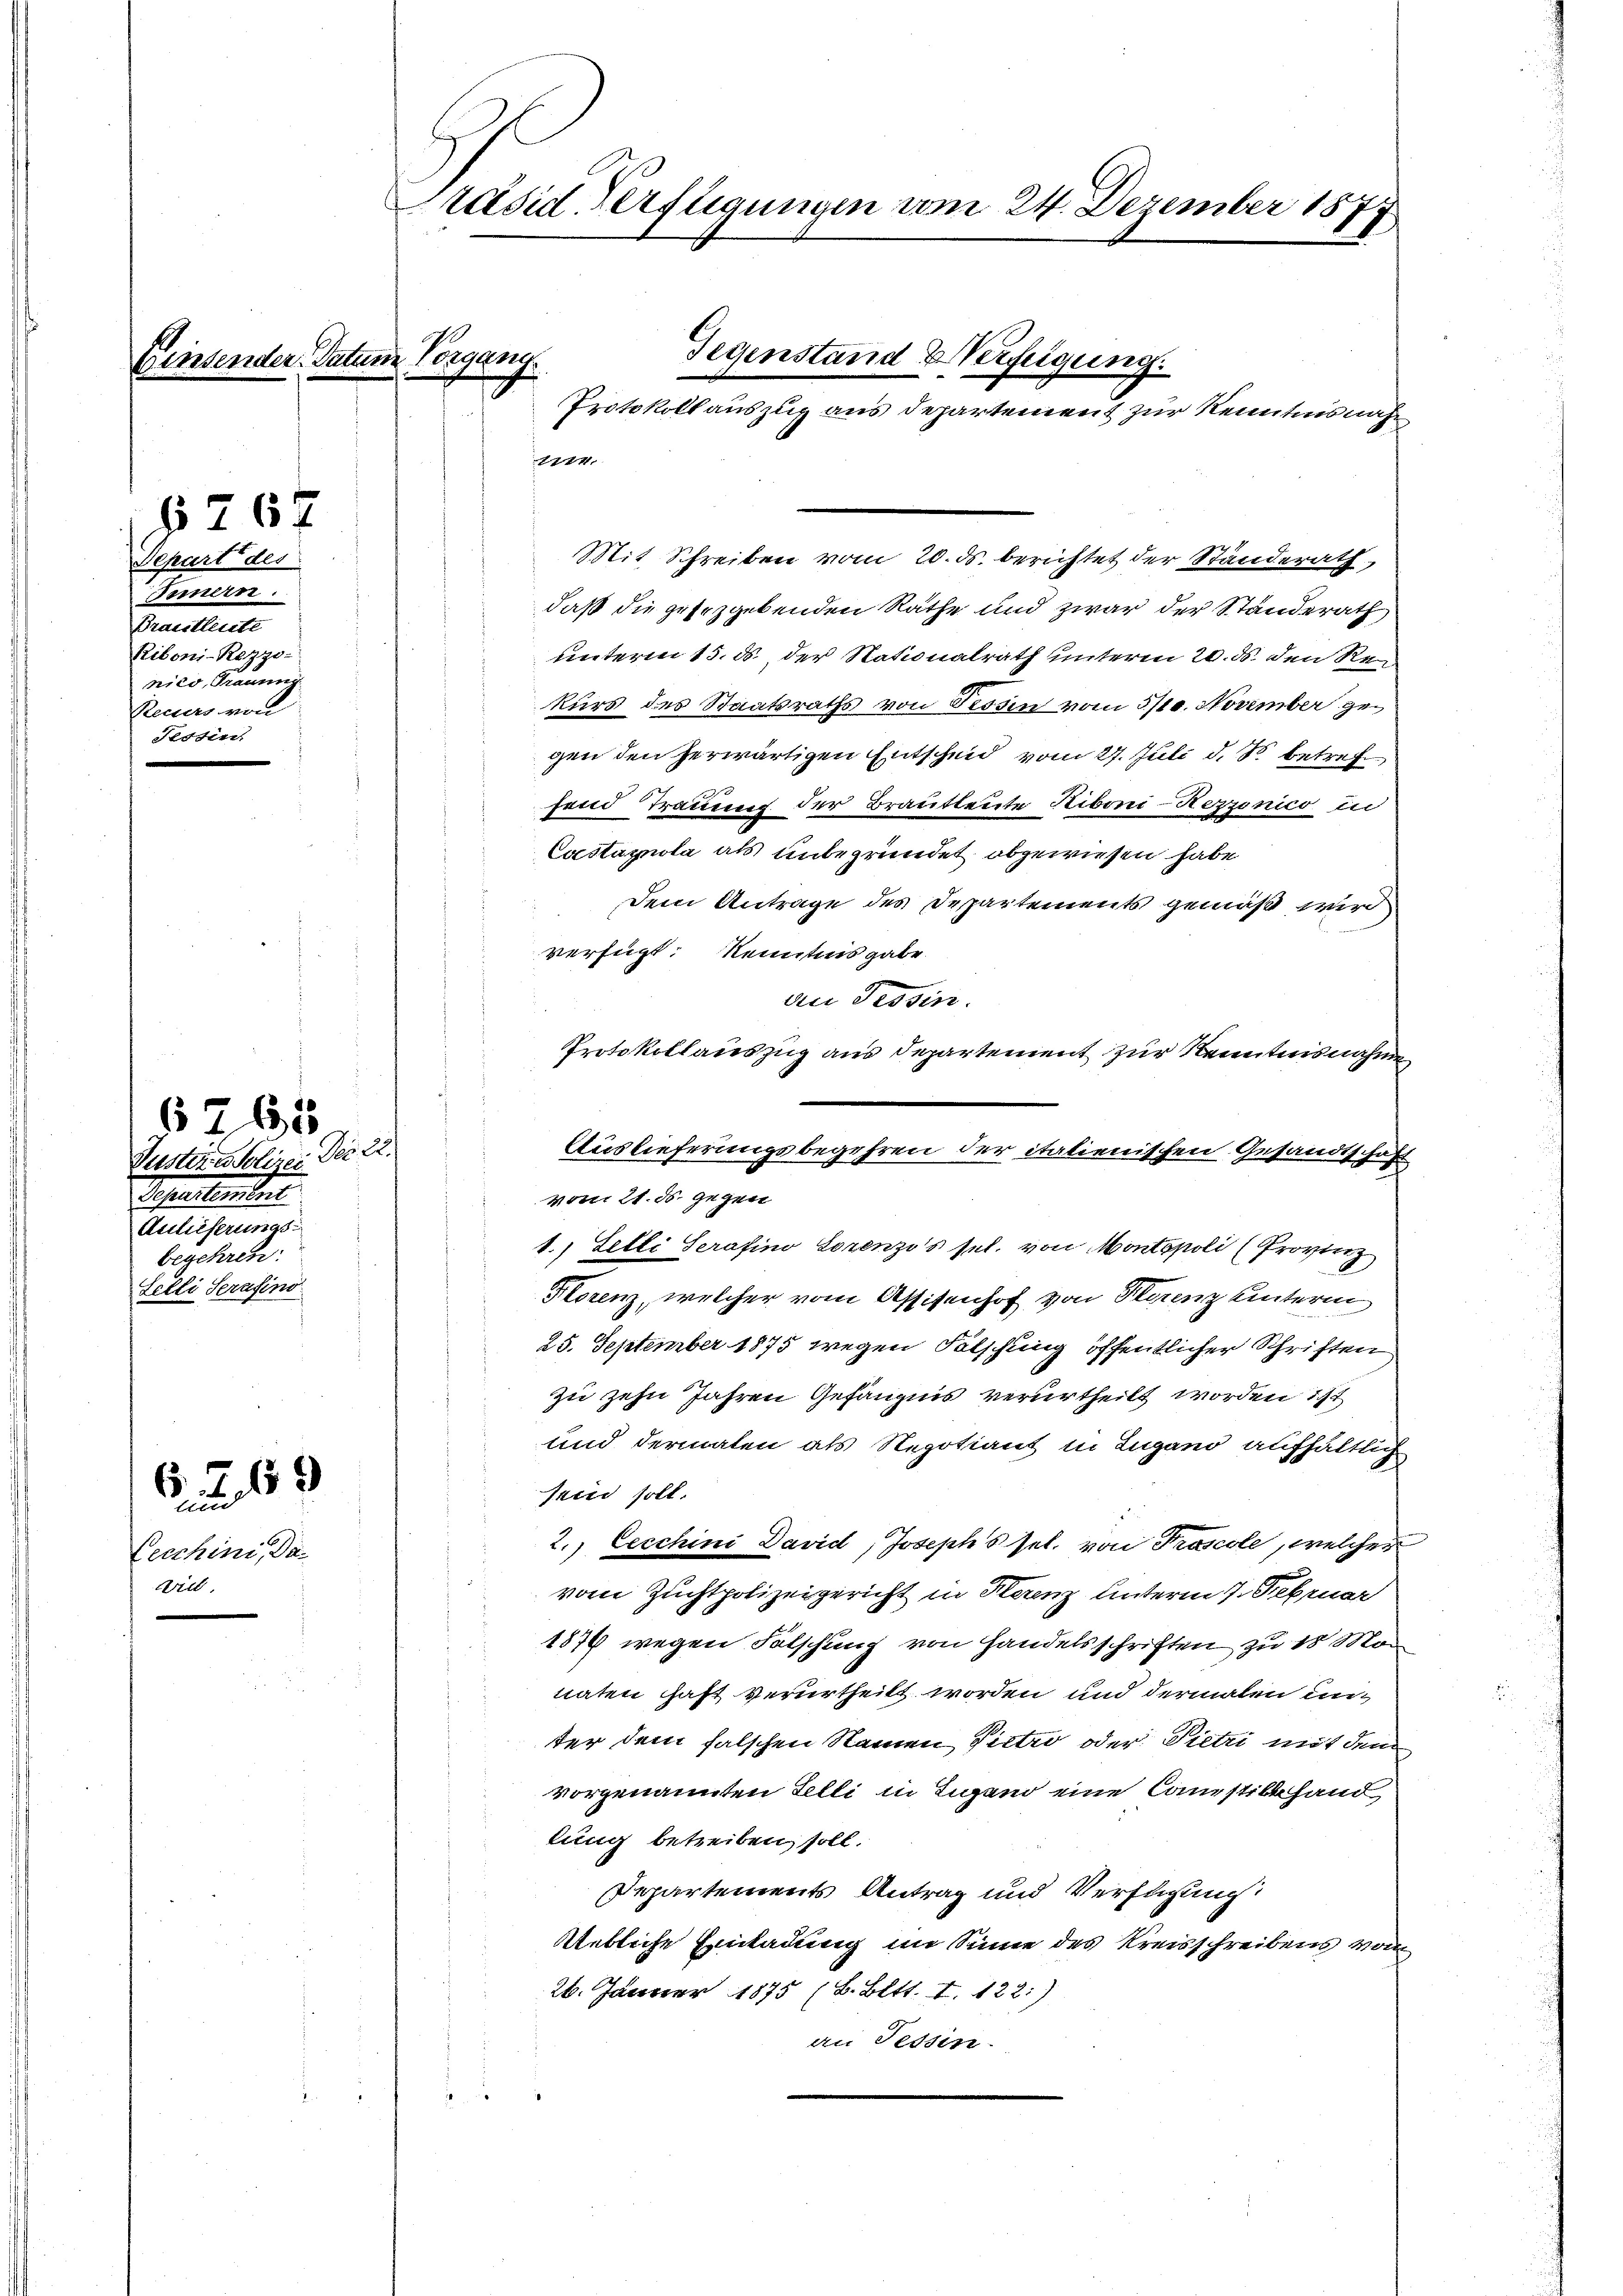
6

.

.

§ 262
Separt des
Fernern.
Brautleute
Riboni-Rezzo-
nico, Traume
Recsers von
Tessin

Cecchini, Da
will.

3.
6 Z. 69

6265
Vustera polizei Der 22.
Sehenlandel
Anlieferungsbegehren:
Felli Serasino

räsid. Verfügungen vom 24. Dezember 1877

224.

Gegenstand Verfügung.
tum Vorgang.
Protokoll auszug aus Departement zur Kenntnis nach¬

Mit Schreiben vom 20. ds. berichtet der Standerath,
daß die gesezgebenden Räthe und zwar der Standerath
unterm 15. d. der Nationalrath unterm 20. ds. den Rekurs des Staatsraths von Tessin vom 3/10. November ge
gen den herwärtigen Entscheid vom 27. Juli d. J. betreffend Trauung der Brautleute Niboni-Rezzonico in
Castagnola als unbegründet, abgewiesen habe
Dem Antrage des Departements gemäß wird
verfügt: Kenntnis gabe.
an Tessin.
Protokollauszug aus Departement zur Kenntnisnahme
Auslieferungsbegehren der italienischen Gesandtschaft
vom 21. ds. gegen
1.) Lelli Serafino Lorenzo's sel. von Montopoli (Provinz
Florenz, welcher vom Assisenhof von Florenz unterm
25. September 1875 wegen Fälschung öffentlicher Schriften
zu zehn Jahren Gefängnis verurtheilt worden ist
und dermalen als Regotiant in Lugano aufhältlich
sein soll.
2. Cecchini David, Joseph's sel. von Troscole, welcher
vom Zuchtpolizeigericht in Herenz unterm 7. Februar
1876 wegen Fälschung von Handelsschriften zu 18 Mon
naten hast verurtheilt worden und dermalen unter dem falschen Namen Pietro oder Pietri mit dem
vorgenannten Felli in Lugand eine Constill hand
lung betreiben soll.
Departements Antrag und Verfügung
Uebliche Einladung im Sinne des Kreisschreibens vom
26. Jänner 1875 (B. Bett. I. 122.)
an Tessin.
1